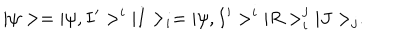
| \psi > = | \psi , I ^ { \prime } > ^ { i } | I > _ { i } = | \psi , I ^ { \prime } > ^ { i } | R > _ { i } ^ { j } | J > _ { j } .